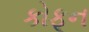
કોફૂન